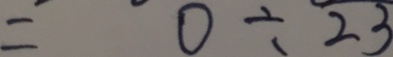
= 0 \div 2 3